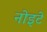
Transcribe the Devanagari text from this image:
नोइटे